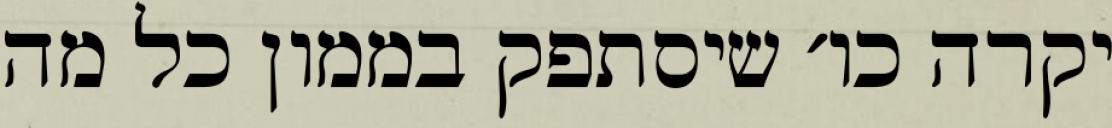
יקרה כו׳ שיסתפק בממון כל מה